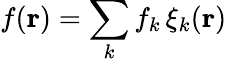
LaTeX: f({\mathbf r})=\sum_{k}f_{k}\, \xi_{k}({\mathbf r})